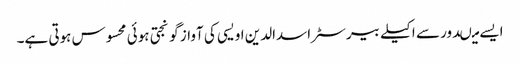
ایسے میںدور سے اکیلے بیرسٹر اسدالدین اویسی کی آواز گونجتی ہوئی محسوس ہوتی ہے۔